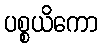
ပစ္စယိကော